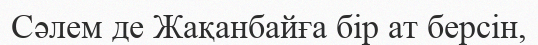
Сәлем де Жақанбайға бір ат берсін,